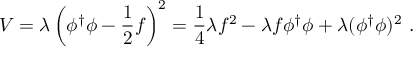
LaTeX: V = \lambda \left( \phi ^ { \dagger } \phi - \frac { 1 } { 2 } f \right) ^ { 2 } = \frac { 1 } { 4 } \lambda f ^ { 2 } - \lambda f \phi ^ { \dagger } \phi + \lambda ( \phi ^ { \dagger } \phi ) ^ { 2 } ~ .